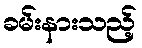
ခမ်းနားသည့်